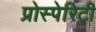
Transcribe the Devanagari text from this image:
प्रोस्पेरिटी